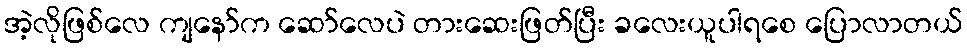
အဲ့လိုဖြစ်လေ ကျနော်က ဆော်လေပဲ တားဆေးဖြတ်ပြီး ခလေးယူပါရစေ ပြောလာတယ်